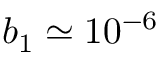
b _ { 1 } \simeq 1 0 ^ { - 6 }